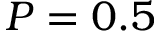
P = 0 . 5